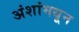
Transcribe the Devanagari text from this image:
अंशांमधून